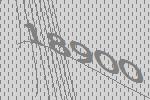
18900